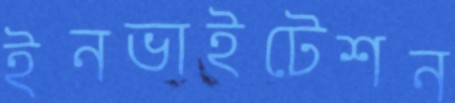
ইনভাইটেশন